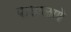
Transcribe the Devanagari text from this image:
पाडाळणे